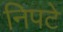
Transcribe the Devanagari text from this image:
निपटे